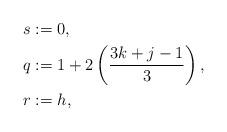
LaTeX: \begin{align*}s & := 0,\\q & := 1 + 2 \left( \frac{3k+j-1}{3} \right),\\r & := h,\end{align*}